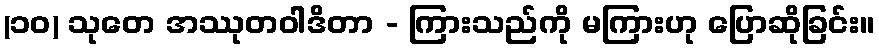
(၁၀) သုတေ အဿုတဝါဒိတာ - ကြားသည်ကို မကြားဟု ပြောဆိုခြင်း။